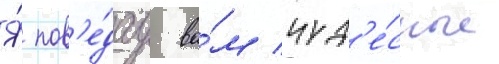
Я́ пов'е́дау ва́м чуд'е́сные